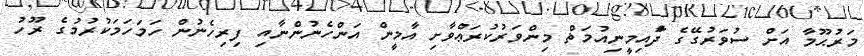
މަރުޙޫމާ އަށް ސުވަރުގޭގެ ދާާައިމީނިއުމަަޡް މިންވަރުކުރަޢްވާާށި އާމީން އަންހެނުންނާއި ފިރިހެނުން ހަމަހަމަކުރުމުގެ ރޫހު